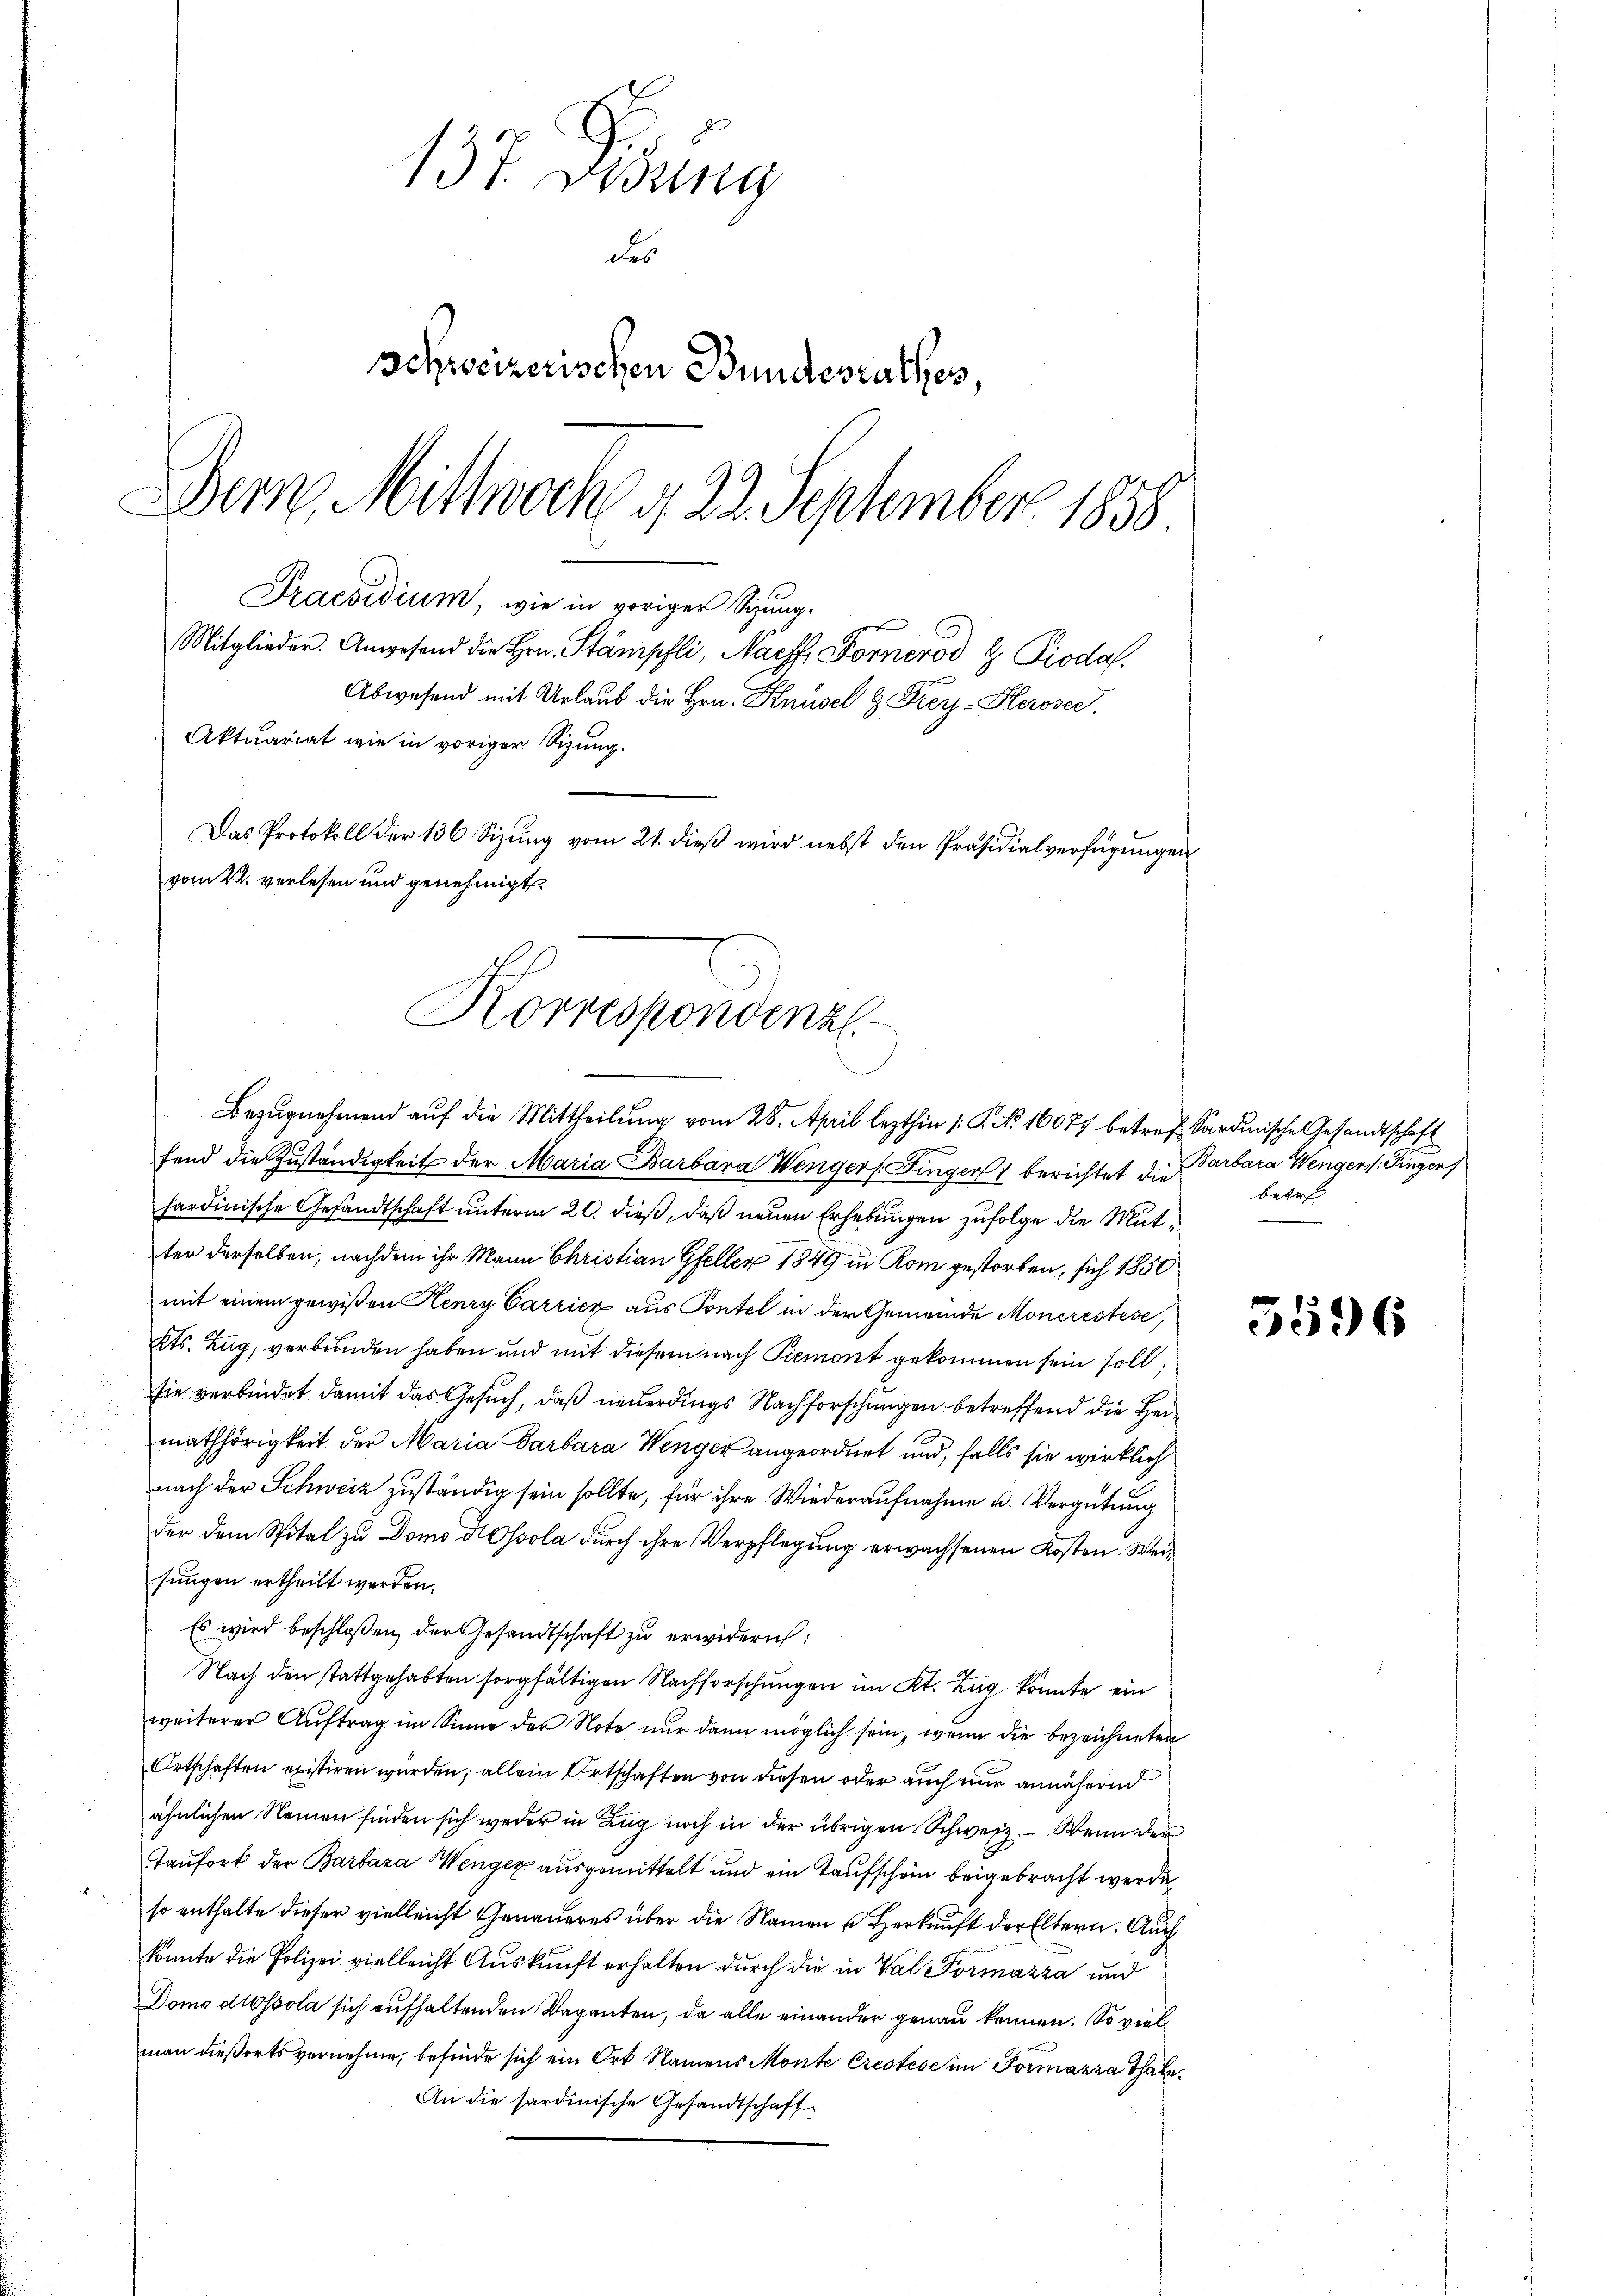
137. Debung
des
Schweizerischen Bundesrathes,
Dern. Mittwoch d. 22. September 1858.
Praesidium, wie in voriger Sizung.
Mitglieder. Anwesend die Hrn. Stämpfli, Nacht, Fornerod Z Piodaf
Abwesend mit Urlaub die Hrn. Knüsel & Frey-Herosec.

Aktuariat wie in voriger Sitzung.
Das Protokoll der 136 Sizung vom 21. dieß wird nebst den Präsidialverfügungen
vom 22. verlesen und genehmigt.
Korrespondina
Bezugnahmend auf die Mittheilung vom 28. April lezthin /: K. No. 16077 betref Sardinische Gesandtschaft

fend die Zuständigkeit der Maria Barbara Wenger Finger berichtet die Barbara Wengers. Fingen
hardinische Gesandtschaft unterm 20. dieß, daß neuen Erhebungen zufolge die Mutter derselben, nachdem ihr Mann Christian Gfeller 1849 in Rom gestorben, sich 1850
mit einem gewißen Henry Carricz aus Pontel in der Gemeinde Monerestése,
Kts. Zug, verbunden haben und mit diesem nach Piemont gekommen sein soll,
sie verbindet damit das Gesuch, daß neuerdings Nachforschungen betreffend die Heimathörigkeit der Maria Barbara Wenger angeordnet und, falls sie wirklich
nach der Schweiz zuständig sein sollte, für ihre Wiederaufnahme u. Vergütung
der dem Spital zu Domo d Ossola durch ihre Verpflegung erwachsenen Kosten Weisungen ertheilt werden.
Es wird beschloßen, der Gesandtschaft zu erwidern:
Nach den stattgehabten sorgfältigen Nachforschungen im Kt. Tag könnte ein
weiterer Aŭftrag im Sinne der Note nur dann möglich sein, wenn die bezeichneten
Ortschaften existiren würden; allein Ortschaften von diesen oder auch nur annähernd
ähnlichen Namen finden sich weder in Lag noch in der übrigen Schweiz. Wenn der
Taŭfort der Barbara Wenger ausgemittelt und ein Taufschein beigebracht werde
so enthalte dieser vielleicht Genaueres über die Namen u Herkunft der Eltern. Auch
könnte die Polizei vielleicht Auskunft erhalten durch die in Val Formazza und
Domo dissola sich aufhaltenden Vaganten, da alle einander genau kennen. So viel
man dießorts vernehme, befinde sich ein Ort Namens Monte Crestes im Formazza Thale
An die sardinische Gesandtschaft

betreff

5596